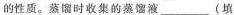
的性质。蒸馏时收集的蒸馏液___(填